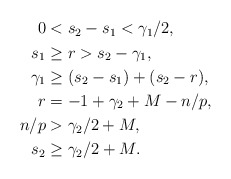
\begin{align*}\aligned 0&<s_2-s_1<\gamma_1/2,\\ s_1&\geq r >s_2-\gamma_1,\\ \gamma_1&\geq (s_2-s_1)+(s_2-r),\\ r&=-1+\gamma_2+M-n/p,\\ n/p&>\gamma_2/2+M,\\ s_2&\geq \gamma_2/2+M.\endaligned\end{align*}